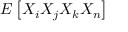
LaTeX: E \left[ X _ { i } X _ { j } X _ { k } X _ { n } \right]